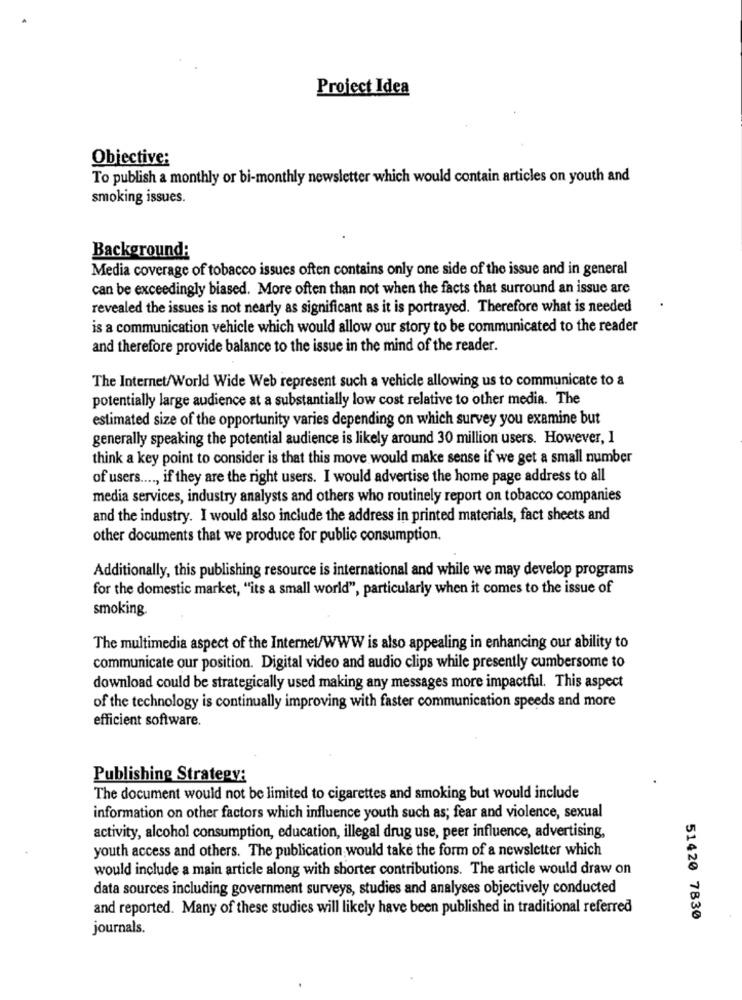
Project Idea
Objective:
To publish a monthly or bi-monthly newsletter which would contain articles on youth and
smoking issues.
Background:
Media coverage of tobacco issues often contains only one side of the issue and in general
can be exceedingly biased. More often than not when the facts that surround an issue are
revealed the issues is not nearly as significant as it is portrayed. Therefore what is needed
is a communication vehicle which would allow our story to be communicated to the reader
and therefore provide balance to the issue in the mind of the reader.
The Internet/World Wide Web represent such a vehicle allowing us to communicate to a
potentially large audience at a substantially low cost relative to other media. The
estimated size of the opportunity varies depending on which survey you examine but
generally speaking the potential audience is likely around 30 million users. However, I
think a key point to consider is that this move would make sense if we get a small number
of users ...., if they are the right users. I would advertise the home page address to all
media services, industry analysts and others who routinely report on tobacco companies
and the industry. I would also include the address in printed materials, fact sheets and
other documents that we produce for public consumption.
Additionally, this publishing resource is international and while we may develop programs
for the domestic market, "its a small world", particularly when it comes to the issue of
smoking
The multimedia aspect of the Internet/WWW is also appealing in enhancing our ability to
communicate our position. Digital video and audio clips while presently cumbersome to
download could be strategically used making any messages more impactful. This aspect
of the technology is continually improving with faster communication speeds and more
efficient software.
Publishing Strategy:
The document would not be limited to cigarettes and smoking but would include
information on other factors which influence youth such as; fear and violence, sexual
activity, alcohol consumption, education, illegal drug use, peer influence, advertising,
youth access and others. The publication would take the form of a newsletter which
would include a main article along with shorter contributions. The article would draw on
data sources including government surveys, studies and analyses objectively conducted
and reported. Many of these studies will likely have been published in traditional referred
51420 7830
journals.